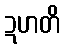
ဍဟတိ